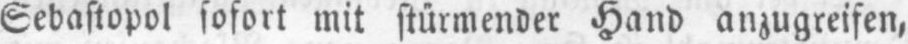
Sebastopol sofort mit stürmender Hand anzugreifen,